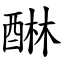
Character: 醂